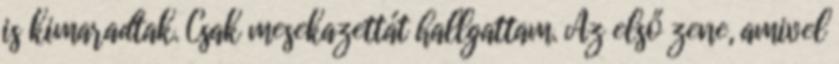
is kimaradtak. Csak mesekazettát hallgattam. Az első zene, amivel